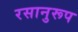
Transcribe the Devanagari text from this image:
रसानुरूप